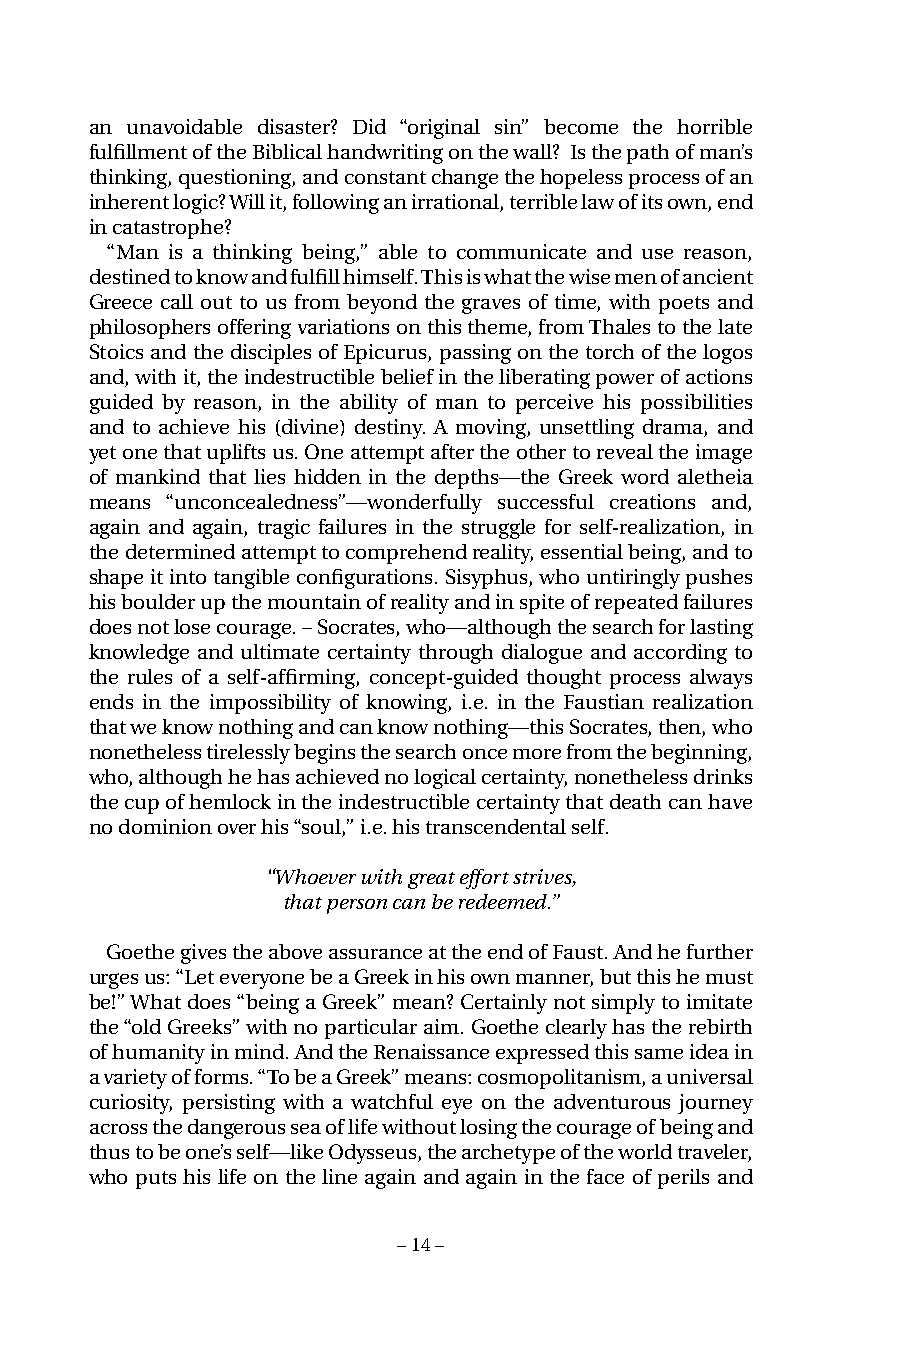
an unavoidable disaster? Did “original sin” become the horrible
 fulfillment of the Biblical handwriting on the wall? Is the path of man’s
 thinking, questioning, and constant change the hopeless process of an
 inherent logic? Will it, following an irrational, terrible law of its own, end
 in catastrophe?
 “Man is a thinking being,” able to communicate and use reason,
 destined to know and fulfill himself. This is what the wise men of ancient
 Greece call out to us from beyond the graves of time, with poets and
 philosophers offering variations on this theme, from Thales to the late
 Stoics and the disciples of Epicurus, passing on the torch of the logos
 and, with it, the indestructible belief in the liberating power of actions
 guided by reason, in the ability of man to perceive his possibilities
 and to achieve his (divine) destiny. A moving, unsettling drama, and
 yet one that uplifts us. One attempt after the other to reveal the image
 of mankind that lies hidden in the depths—the Greek word aletheia
 means “unconcealedness”—wonderfully successful creations and,
 again and again, tragic failures in the struggle for self-realization, in
 the determined attempt to comprehend reality, essential being, and to
 shape it into tangible configurations. Sisyphus, who untiringly pushes
 his boulder up the mountain of reality and in spite of repeated failures
 does not lose courage. – Socrates, who—although the search for lasting
 knowledge and ultimate certainty through dialogue and according to
 the rules of a self-affirming, concept-guided thought process always
 ends in the impossibility of knowing, i.e. in the Faustian realization
 that we know nothing and can know nothing—this Socrates, then, who
 nonetheless tirelessly begins the search once more from the beginning,
 who, although he has achieved no logical certainty, nonetheless drinks
 the cup of hemlock in the indestructible certainty that death can have
 no dominion over his “soul,” i.e. his transcendental self.
 “Whoever with great effort strives,
 that person can be redeemed.”
 Goethe gives the above assurance at the end of Faust. And he further
 urges us: “Let everyone be a Greek in his own manner, but this he must
 be!” What does “being a Greek” mean? Certainly not simply to imitate
 the “old Greeks” with no particular aim. Goethe clearly has the rebirth
 of humanity in mind. And the Renaissance expressed this same idea in
 a variety of forms. “To be a Greek” means: cosmopolitanism, a universal
 curiosity, persisting with a watchful eye on the adventurous journey
 across the dangerous sea of life without losing the courage of being and
 thus to be one’s self—like Odysseus, the archetype of the world traveler,
 who puts his life on the line again and again in the face of perils and
 – 14 –